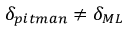
\delta _ { p i t m a n } \neq \delta _ { M L }